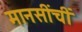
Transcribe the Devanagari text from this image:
मानसींचीं